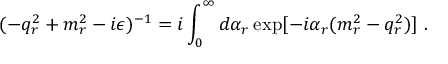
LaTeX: ( - q _ { r } ^ { 2 } + m _ { r } ^ { 2 } - i \epsilon ) ^ { - 1 } = i \int _ { 0 } ^ { \infty } d \alpha _ { r } \exp [ - i \alpha _ { r } ( m _ { r } ^ { 2 } - q _ { r } ^ { 2 } ) ] \ .